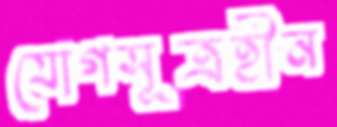
যোগসূত্রহীন